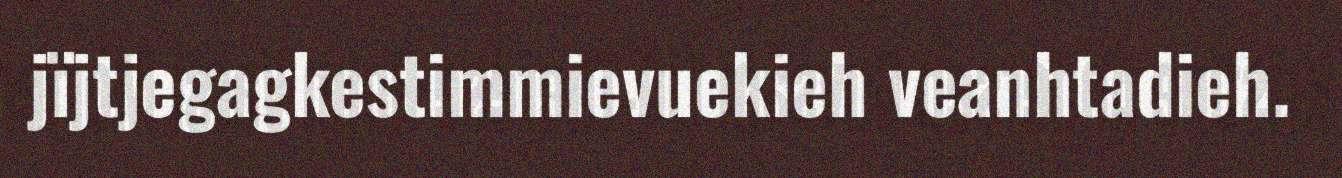
jïjtjegagkestimmievuekieh veanhtadieh.